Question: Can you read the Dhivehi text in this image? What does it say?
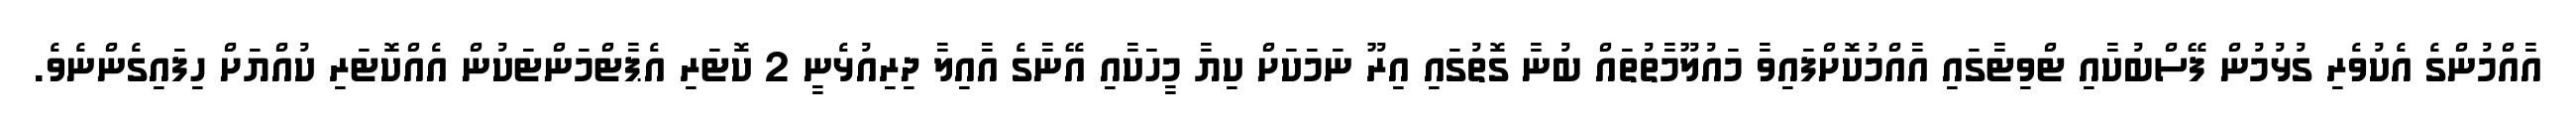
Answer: އާއްމުންގެ އެކުވެރި ގުޅުމުން ފޭސްބުކާއި ޓްވިޓާގައި އާއްމުކޮށްފައިވާ މައުލޫމާތުތައް ބުނާ ގޮތުގައި އިރޫ ނަމަކަށް ކިޔާ މީހަކާއި އޭނާގެ އާއިލާ ދިރިއުޅެނީ 2 ކޮޓަރި އެޕާޓްމަންޓަކުން އެއްކޮޓަރި ކުއްޔަށް ހިފައިގެންނެވެ.